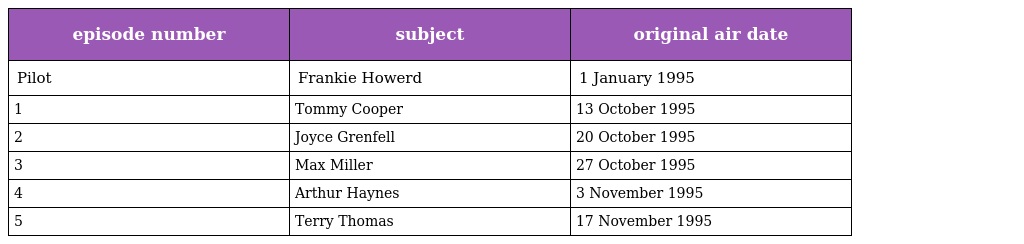
| episode number | subject | original air date |
 | --- | --- | --- |
 | Pilot | Frankie Howerd | 1 January 1995 |
 | 1 | Tommy Cooper | 13 October 1995 |
 | 2 | Joyce Grenfell | 20 October 1995 |
 | 3 | Max Miller | 27 October 1995 |
 | 4 | Arthur Haynes | 3 November 1995 |
 | 5 | Terry Thomas | 17 November 1995 |